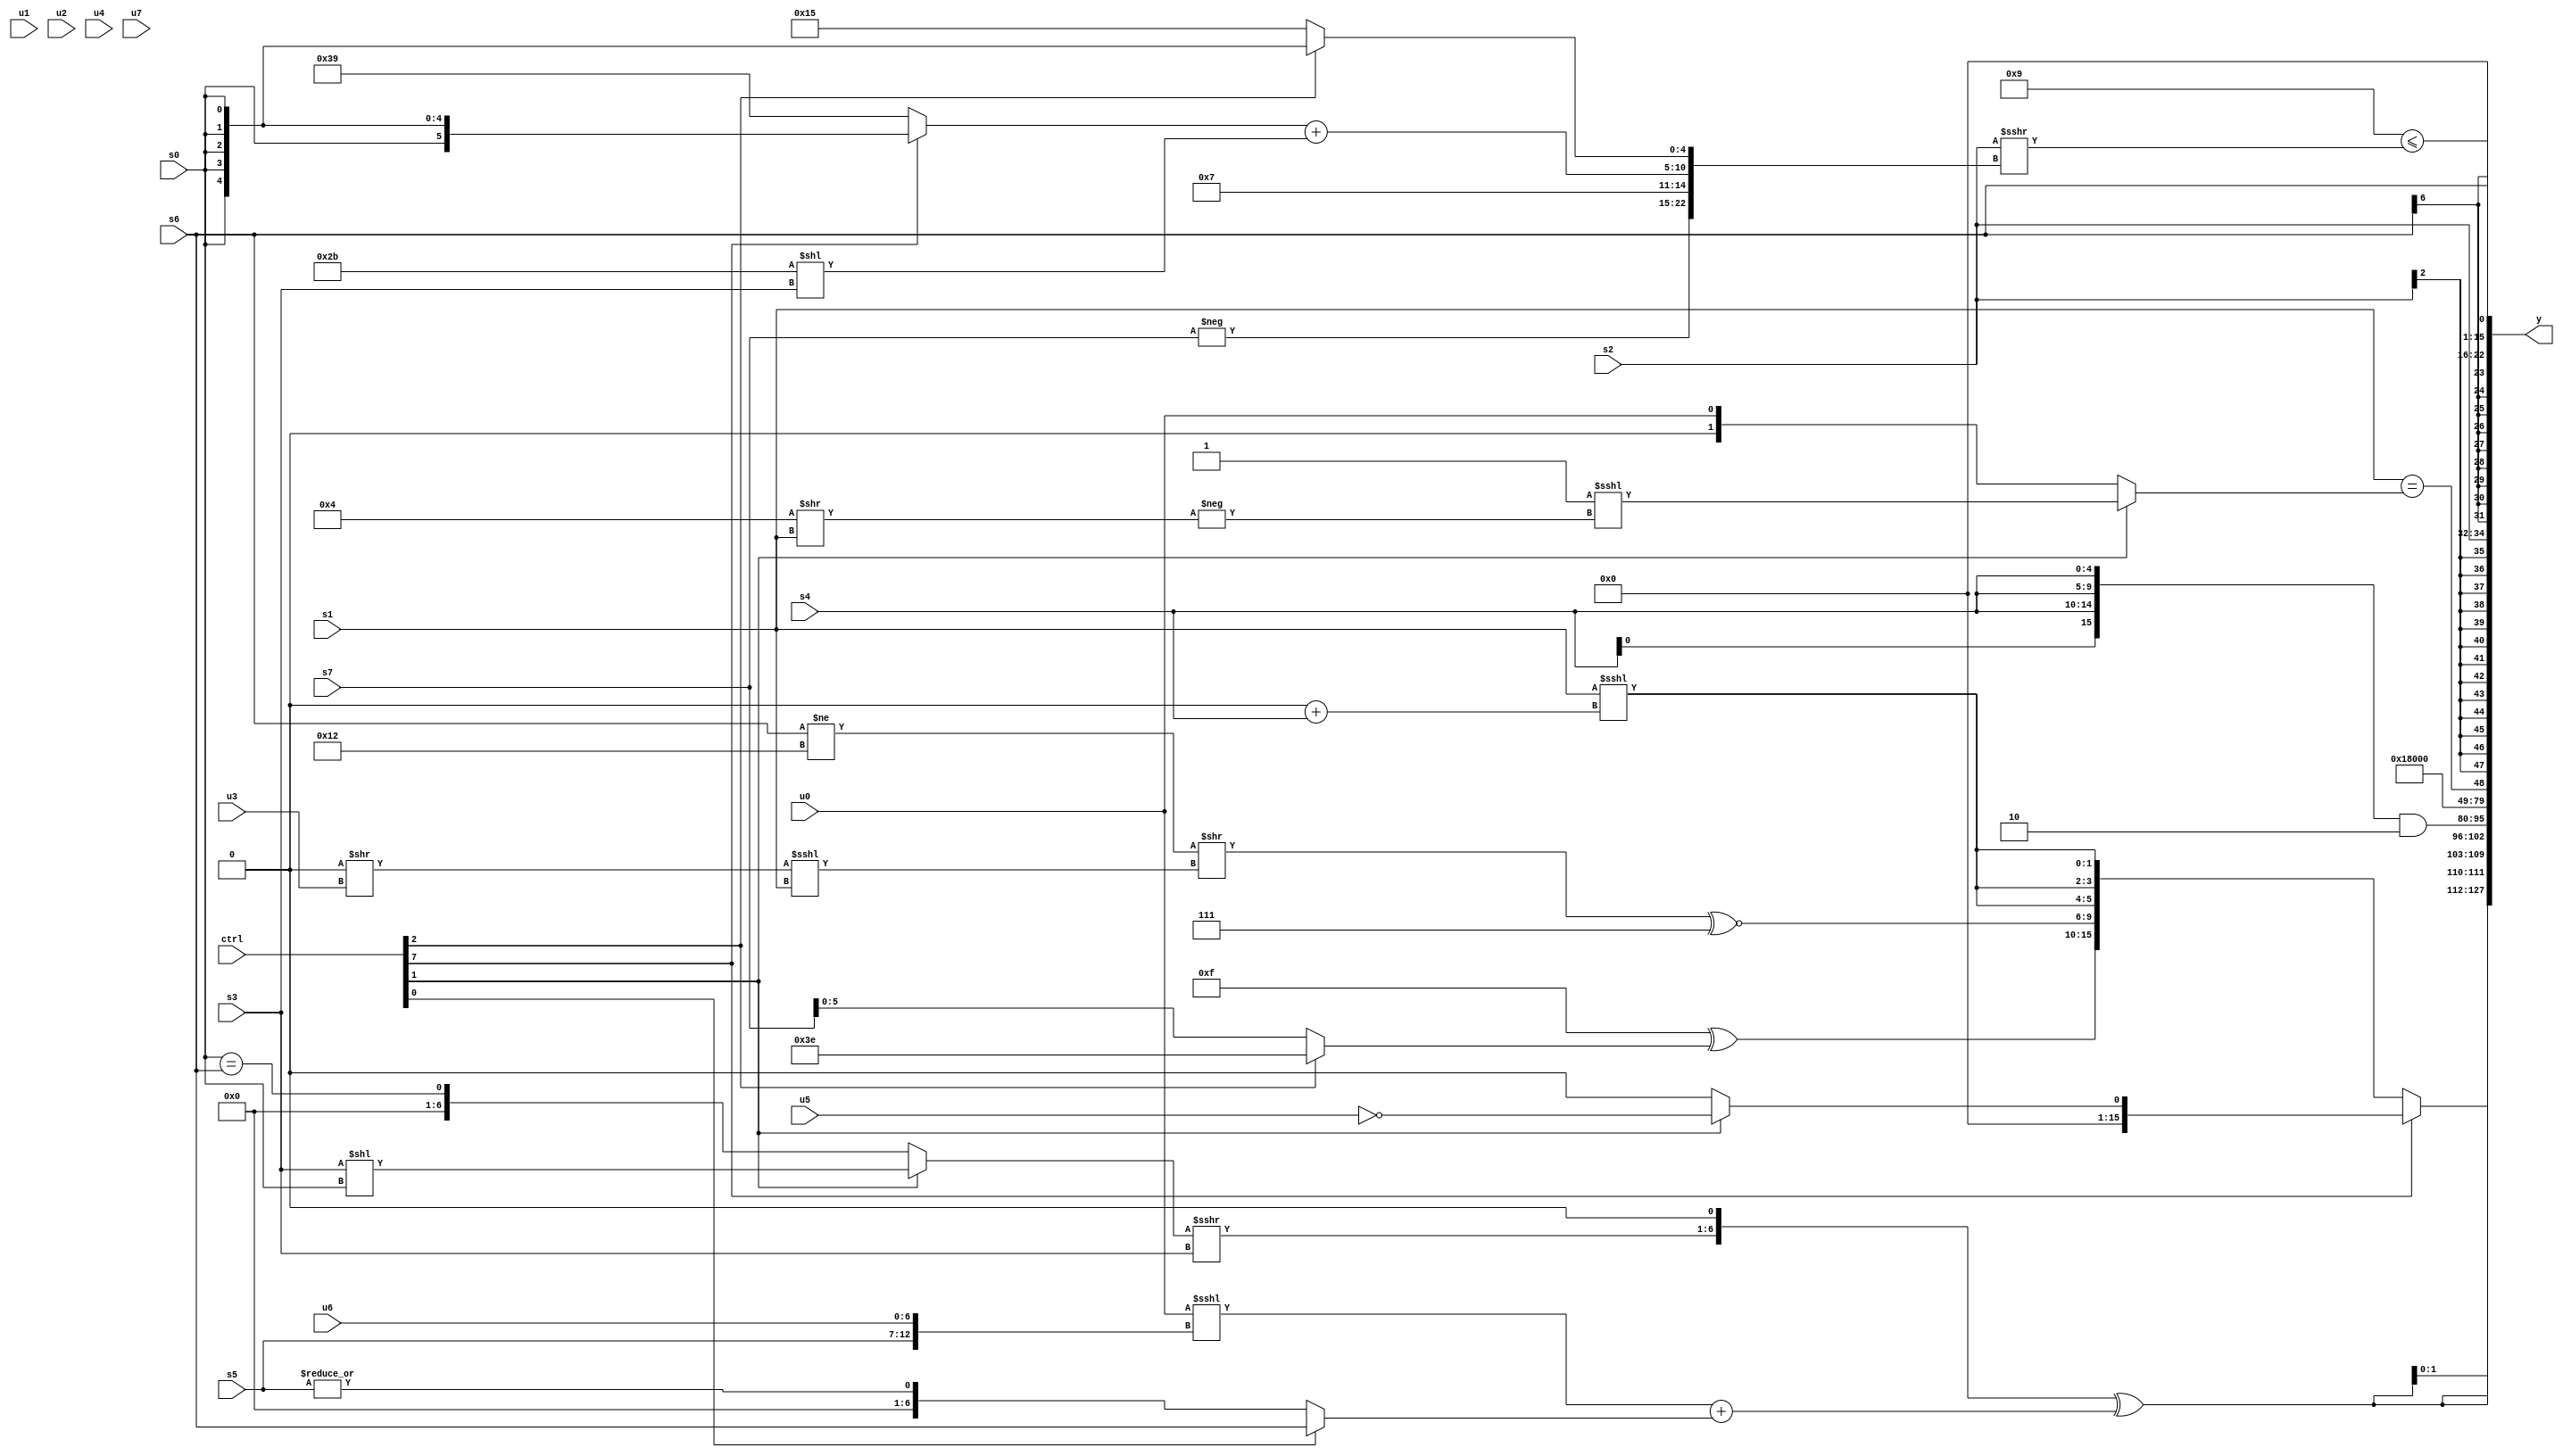
module wideexpr_00206(ctrl, u0, u1, u2, u3, u4, u5, u6, u7, s0, s1, s2, s3, s4, s5, s6, s7, y);
  input [7:0] ctrl;
  input [0:0] u0;
  input [1:0] u1;
  input [2:0] u2;
  input [3:0] u3;
  input [4:0] u4;
  input [5:0] u5;
  input [6:0] u6;
  input [7:0] u7;
  input signed [0:0] s0;
  input signed [1:0] s1;
  input signed [2:0] s2;
  input signed [3:0] s3;
  input signed [4:0] s4;
  input signed [5:0] s5;
  input signed [6:0] s6;
  input signed [7:0] s7;
  output [127:0] y;
  wire [15:0] y0;
  wire [15:0] y1;
  wire [15:0] y2;
  wire [15:0] y3;
  wire [15:0] y4;
  wire [15:0] y5;
  wire [15:0] y6;
  wire [15:0] y7;
  assign y = {y0,y1,y2,y3,y4,y5,y6,y7};
  assign y0 = $signed((ctrl[7]?{{2{{1{(ctrl[1]?!(u5):(&((1'sb0)==(6'sb010101)))^(({s3,s4,5'sb11110,u1})<<<((5'b00111)^~(4'sb0101))))}}}}}:{$signed((3'sb110)^((ctrl[3]?(s0)^(((s5)>>>(5'sb10000))<<(-(s0))):+(((2'sb01)>>(4'sb0011))|($signed(s3)))))),((1'sb1)>>(6'sb000100))^((ctrl[2]?3'sb110:s7)),{$signed(((+((s6)!=(5'b10010)))>>(((1'sb0)>>(u3))<<<(s1)))^~(4'sb0111)),{3{+($signed((s1)<<<((1'sb0)+(s4))))}}}}));
  assign y1 = {4{((((ctrl[1]?(s3)<<(s0):(s0)==(s6)))>>>($signed(s3)))<<<(1'b1))^(((($signed(u0))<<<({s5,u6}))>>>(3'sb000))+((ctrl[0]?{1{s6}}:|(+(s5)))))}};
  assign y2 = ({4{s4}})&(2'b10);
  assign y3 = 4'sb0011;
  assign y4 = (s1)==((ctrl[1]?(({s6,+(5'sb10011),6'b010101,(s1)+(1'sb1)})!=($signed(2'sb01)))<<<(-($signed((5'sb00100)>>(s1)))):u0));
  assign y5 = s2;
  assign y6 = s6;
  assign y7 = (4'sb1001)<=((s2)>>>({-(+(s7)),4'b0111,((ctrl[7]?s0:6'sb111001))+((6'sb101011)<<(s3)),(ctrl[2]?(ctrl[2]?s0:s2):5'sb10101)}));
endmodule